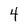
Character: 4